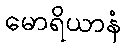
မောရိယာနံ